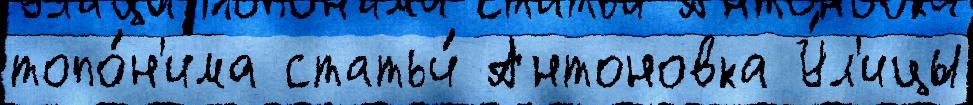
топо́н'има статьи́ Антоновка У́л'ицы